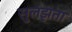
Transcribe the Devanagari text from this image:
सुलझता